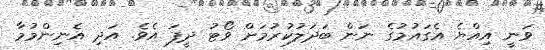
ވަނީ އިއްޔެ އެގައުމުގެ ނަން ބަދަލުކުރުމަށް ވޯޓު ދީފަ އެވެ. އަދި އެނިންމުމާ